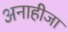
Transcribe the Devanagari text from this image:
अनाहीजा